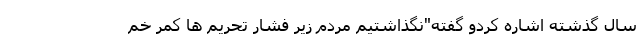
سال گذشته اشاره کردو گفته"نگذاشتیم مردم زیر فشار تحریم ها کمر خم